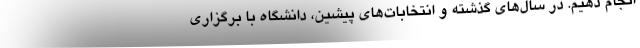
انجام دهیم. در سال‌های گذشته و انتخابات‌های پیشین، دانشگاه با برگزاری